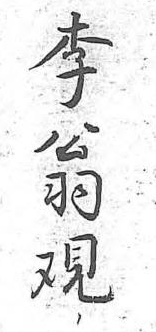
李翁覌